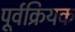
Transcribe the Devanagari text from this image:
पूर्वक्रियक